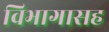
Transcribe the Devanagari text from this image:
विभागासह